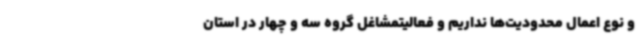
و نوع اعمال محدودیت‌ها نداریم و فعالیتمشاغل گروه سه و چهار در استان